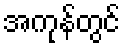
အကုန်တွင်